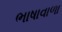
ભાષાવાળા